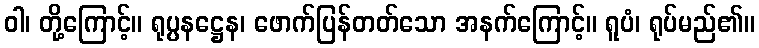
ဝါ၊ တို့ကြောင့်။ ရုပ္ပနဋ္ဌေန၊ ဖောက်ပြန်တတ်သော အနက်ကြောင့်။ ရူပံ၊ ရုပ်မည်၏။